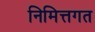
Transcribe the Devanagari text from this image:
निमित्तगत